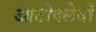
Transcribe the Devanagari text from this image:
आटोक्लेवों